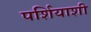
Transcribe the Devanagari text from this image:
पर्शियाशी